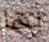
بها